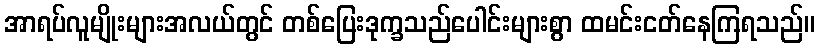
အာရပ်လူမျိုးများအလယ်တွင် တစ်ပြေးဒုက္ခသည်ပေါင်းများစွာ ထမင်းငတ်နေကြရသည်။